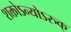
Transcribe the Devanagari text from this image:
शक्तोऽन्योऽरुक्